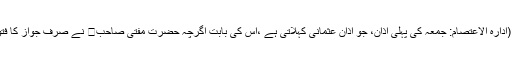
(واللہ اعلم) (ادارہ الاعتصام: جمعہ کی پہلی اذان، جو اذانِ عثمانی کہلاتی ہے ،اس کی بابت اگرچہ حضرت مفتی صاحب نے صرف جواز کا فتویٰ دیا ہے۔